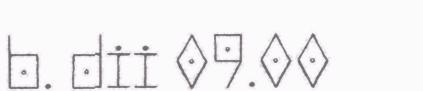
b. dii 09.00